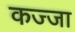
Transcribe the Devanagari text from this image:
कज्जा